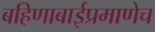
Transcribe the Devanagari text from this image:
बहिणाबाईप्रमाणेच